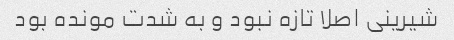
شیرینی اصلا تازه نبود و به شدت مونده بود